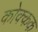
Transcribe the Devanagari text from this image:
कोक्कक